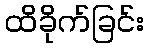
ထိခိုက်ခြင်း